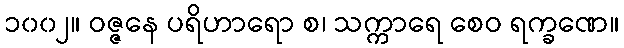
၁၀၀၂။ ဝဇ္ဇနေ ပရိဟာရော စ၊ သက္ကာရေ စေဝ ရက္ခဏေ။